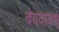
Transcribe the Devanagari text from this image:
देववादमे